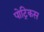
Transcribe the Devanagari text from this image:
पोट्रिकस